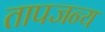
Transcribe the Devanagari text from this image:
तापजन्य